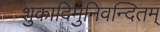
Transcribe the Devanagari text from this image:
शुकादिमुनिवन्दितम्